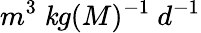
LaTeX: m^{3}\ \mathit{k}g(M)^{-1}\ d^{-1}